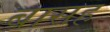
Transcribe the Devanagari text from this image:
बासह